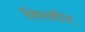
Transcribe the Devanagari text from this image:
विपनीय